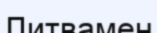
Литвамен